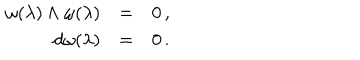
\begin{array} { r c l } { { \omega ( \lambda ) \wedge \omega ( \lambda ) } } & { { = } } & { { 0 \, , } } \\ { { d \omega ( \lambda ) } } & { { = } } & { { 0 \, . } } \\ \end{array}